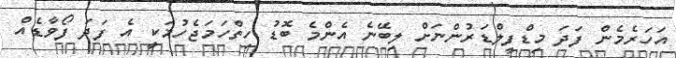
އަހަރެމެން ފަދަ މިޑްފީލްޑަރުންނަށް ލިބޭނެ އެންމެ ބޮޑު ހިތްހަމަޖެހުމަކީ އެ ފަދަ ފޯވާޑެއް